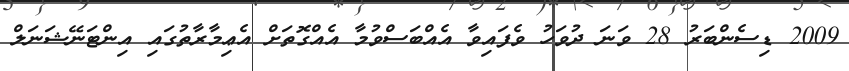
2009 ޑިސެންބަރު 28 ވަނަ ދުވަހު ވެފައިވާ އެއްބަސްވުމާ އެއްގޮތަށް އެޢިމާރާތުގައި އިންޓަނޭޝަނަލް